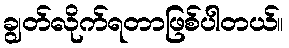
ချွတ်လိုက်ရတာဖြစ်ပါတယ်။